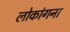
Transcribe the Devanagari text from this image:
लोकांगना